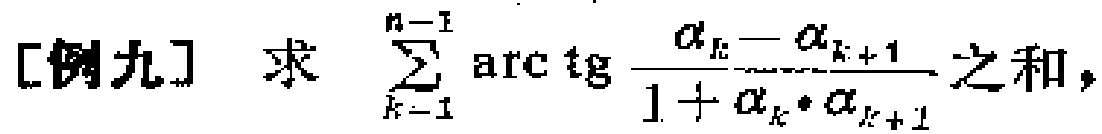
[例九] 求 $\sum_{k = 1}^{n - 1} \mathrm{arc}\,\mathrm{tg} \frac{a_{k}-a_{k + 1}}{1 + a_{k}\cdot a_{k + 1}}$ 之和，